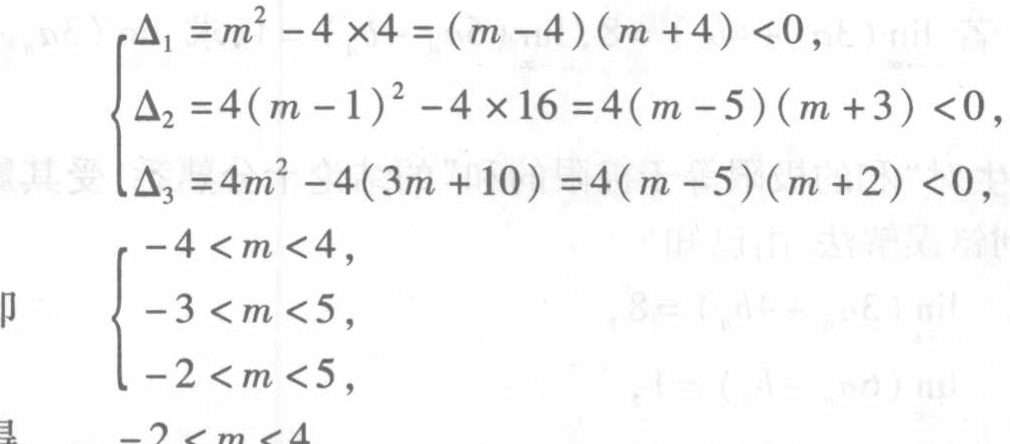
\[

\begin{cases}

\Delta_1 = m^2 - 4\times4 = (m - 4)(m + 4) < 0, \\

\Delta_2 = 4(m - 1)^2 - 4\times16 = 4(m - 5)(m + 3) < 0, \\

\Delta_3 = 4m^2 - 4(3m + 10) = 4(m - 5)(m + 2) < 0, \\

\end{cases}

\]

\[

\begin{cases}

-4 < m < 4, \\

-3 < m < 5, \\

-2 < m < 5, \\

\end{cases}

\]

\[

-2 < m < 4

\]